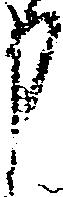
申